Annual administration report of the Civil Veterinary Department of India - 1898-1899
Year: 1898
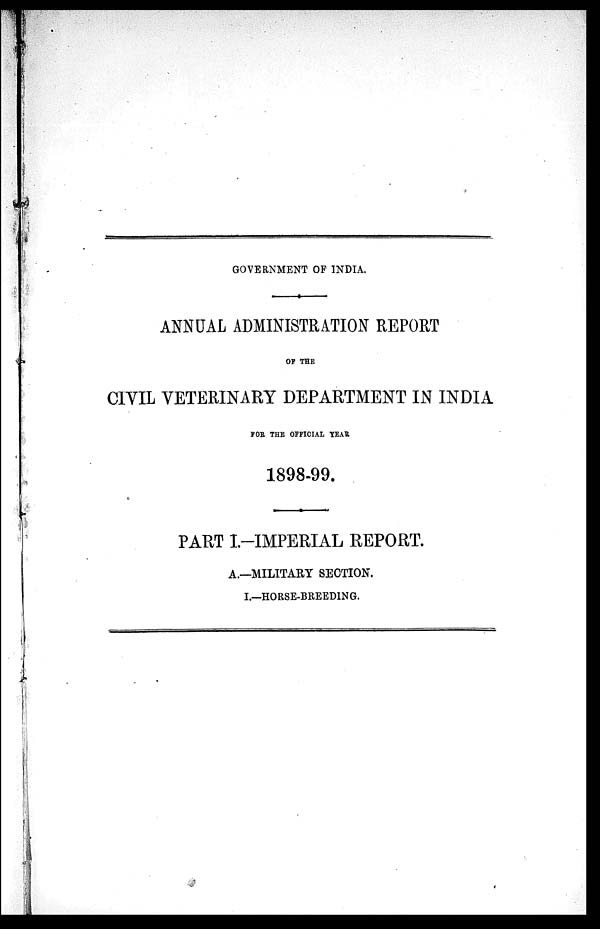
GOVERNMENT OF INDIA.
ANNUAL ADMINISTRATION REPORT
OF THE
CIVIL VETERINARY DEPARTMENT IN INDIA
FOR, THE OFFICIAL YEAR
1898-99.
PART I.-IMPERIAL REPORT.
A.—MILITAEY SECTION.
I.—HORSE-BREEDING.